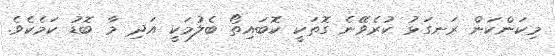
މިކަންކަން ރަނގަޅު ކުރެވޭނެ ގޮތަކީ ކޮބައިތޯ ބެލުމަކީ އަދި މާ ބޮޑު ކަމެކެވެ.